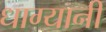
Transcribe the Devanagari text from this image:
धाग्यानी